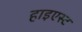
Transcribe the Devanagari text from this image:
हाइएस्ट